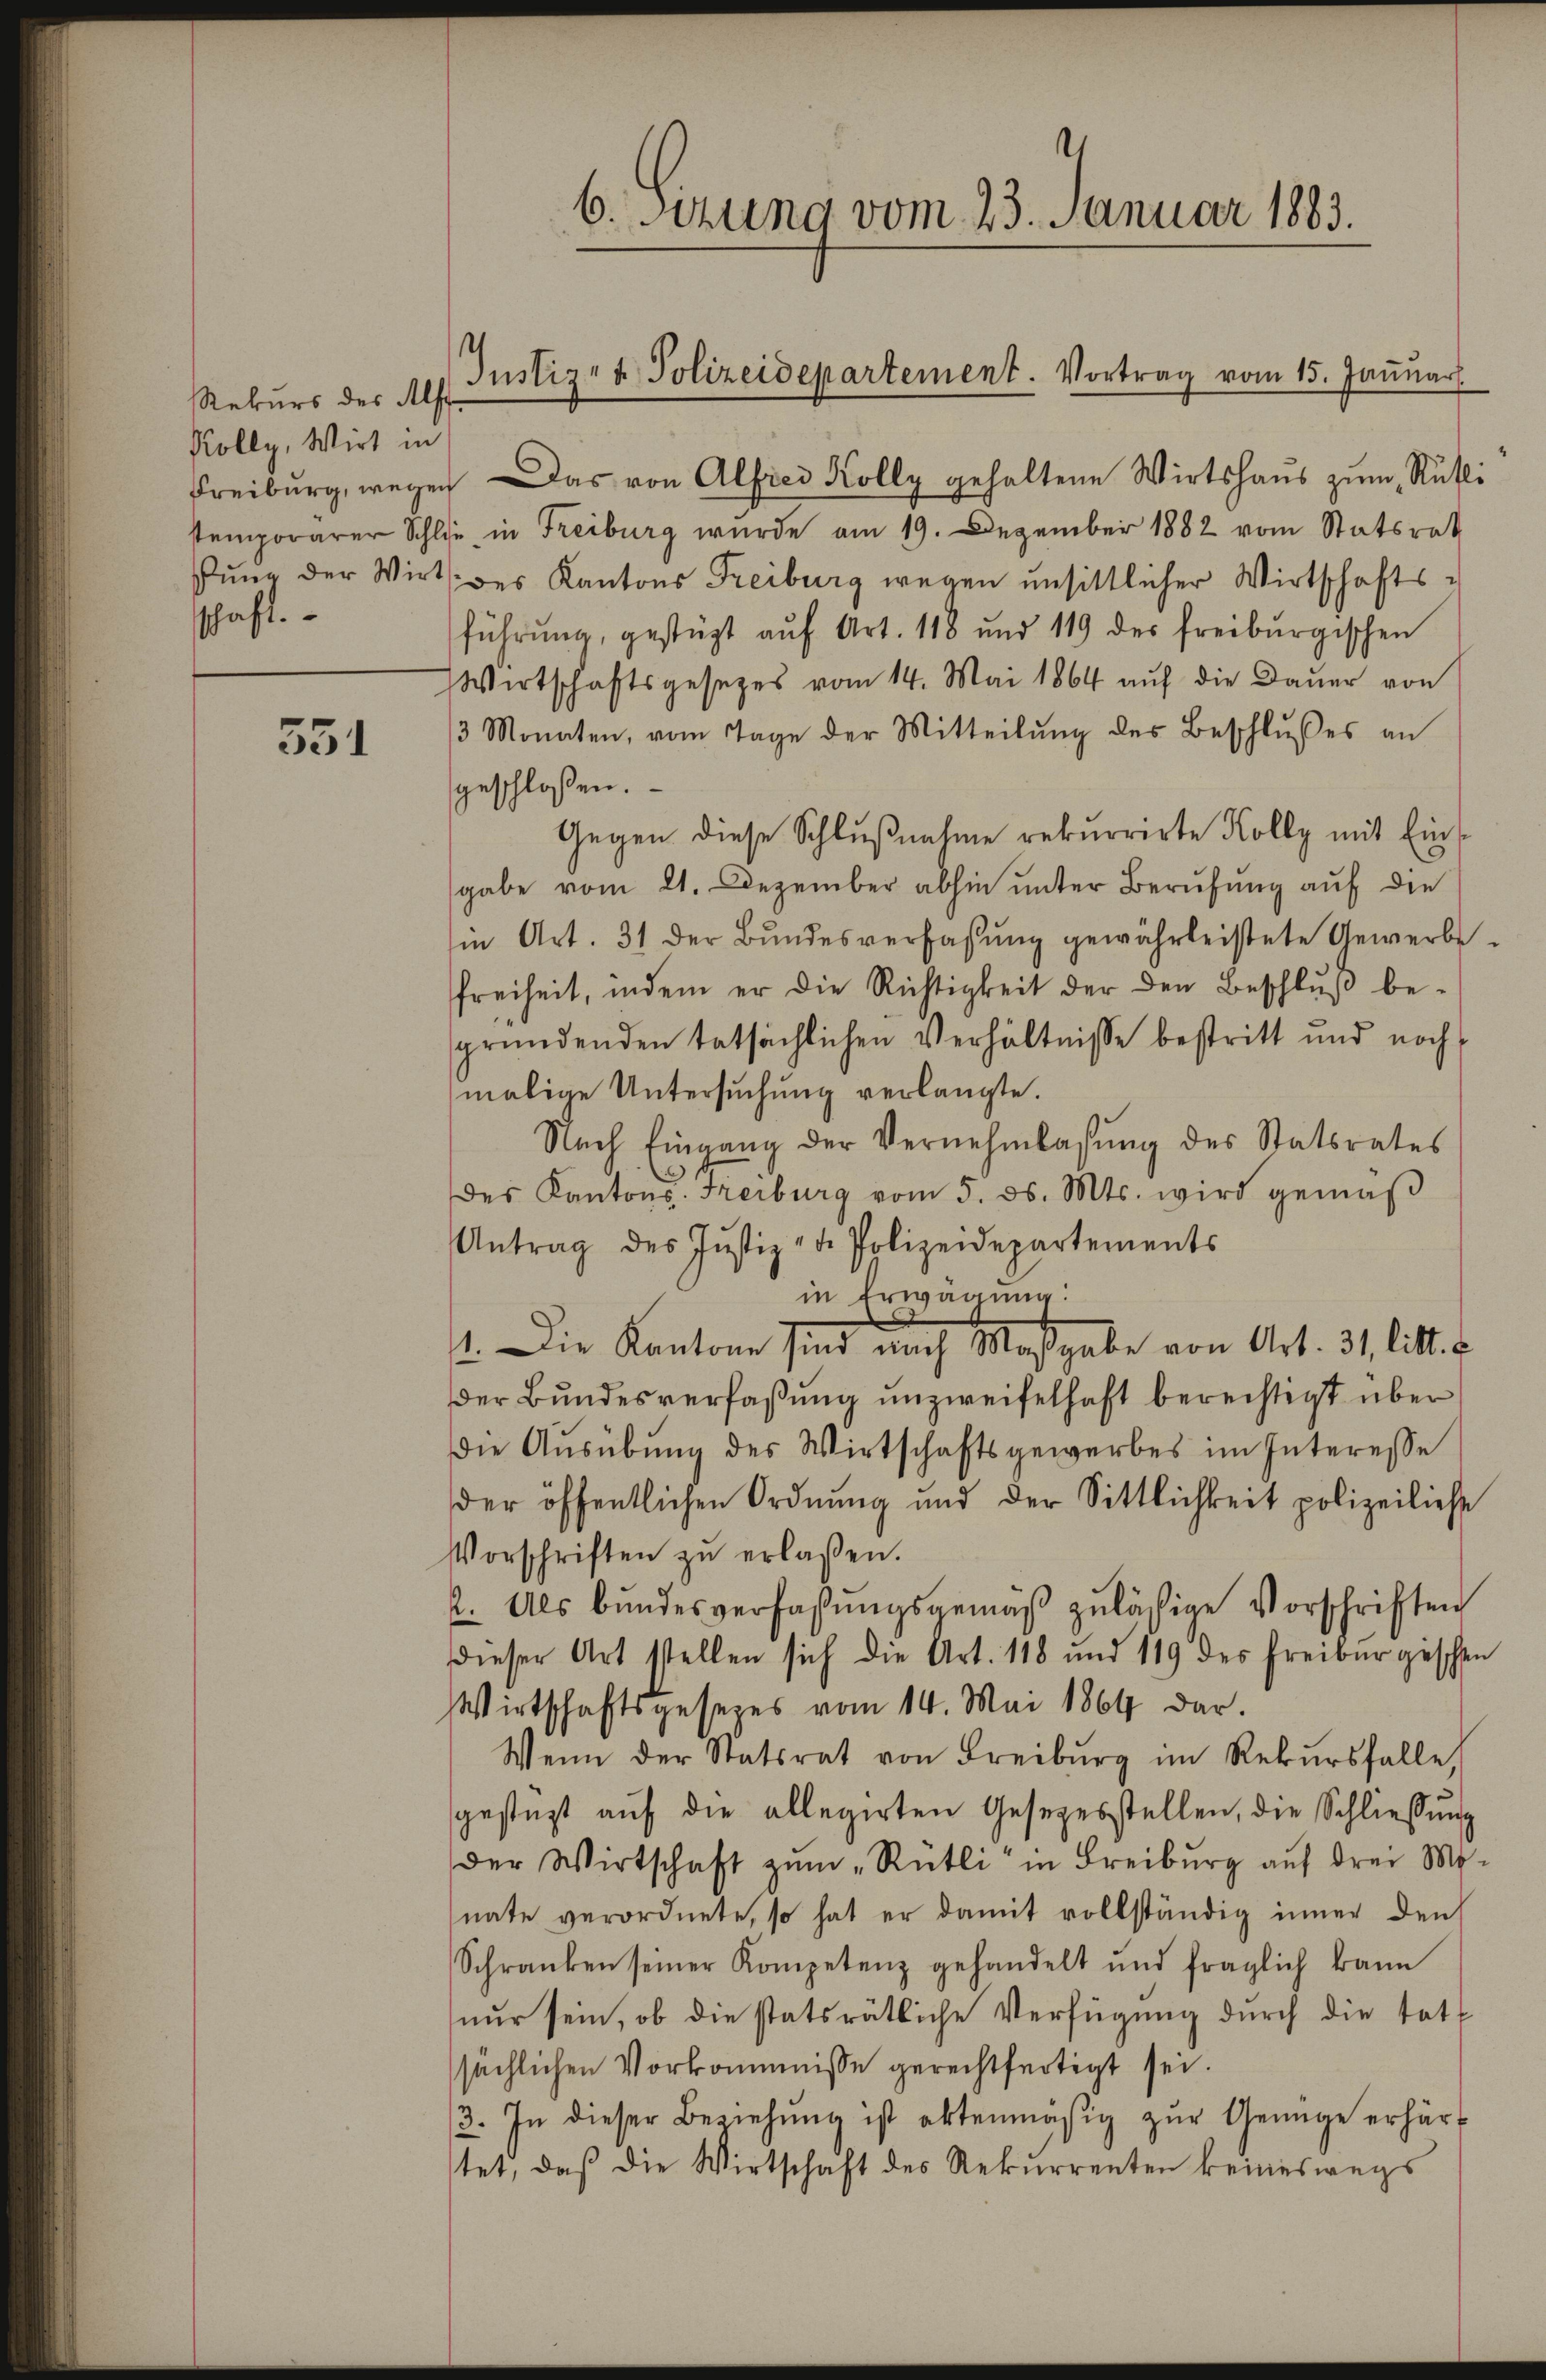
h
Rekurs des Alfr
Kolly, Wirt in
schaft.

551

6. Sizung vom 23. Januar 1883.

Freiburg, wegen Das von Alfrei Kolly gehaltene Wirtshaus zum Rütli
stemporärer Schlie in Freiburg wurde am 19. Dezember 1882 vom Statsrat
Pŭng der Wirt des Kantons Freiburg wegen unsittlicher Wirtschafts-
führŭng, gestüzt aŭf Art. 118 und 119 der freiburgischen
Wirtschaftsgesezes vom 14. Mai 1864 auf die Dauer von
3 Monaten, vom Tage der Mitteilŭng des Beschlŭsses an
geschlossen.
Gegen diese Schlŭβnahme rekurrirte Kolly mit Eingabe vom 21. Dezember abhin unter Berufung auf die
in Art. 31 der Bŭndesverfassŭng gewährleistete Gewerbe-
freiheit, indem er die Richtigkeit der den Beschluß begründenden tatsächlichen Verhältnisse bestritt und noch
malige Untersuchung verlangte.
Nach Eingang der Vernehmlassung des Statsrates
des Kantons- Freiburg vom 5. ds. Mts. wird gemäβ
Antrag des Jŭstiz- u. Polizeidepartements
in Erwägung:
1. Die Kantone sind auch Maßgabe von Art. 31 lit. E
der Bundesverfaßung unzweifelhaft berechtigt über
Die Aŭsübŭng des Wirtschaftsgewerbes im Interesse
der öffentlichen Ordnung und der Sittlichkeit polizeiliche
Vorschriften zŭ erlaßen.
2. Als Bundesverfaßungsgemäß zulässige Vorschriften
dieser Art stellen sich die Art. 118 und 119 des Freiburgischen
Wirtschaftsgesezes vom 14. Mai 1864 dar.
Wenn der Statsrat von Freiburg im Rekŭrsfalle,
gestüzt aŭf die allegirten Gesezesstellen, die Schliessŭng
der Wirtschaft zŭm „Rütli in Freiburg auf drei Mo-
nate verordnete, so hat er damit vollständig inner den
Schranken seiner Kompetenz gehandelt und fraglich kann
nur sein, ob die statsrätliche Verfügung durch die tatt
sächlichen Vorkommnisse gerechtfertigt sei.
3. In dieser Beziehŭng ist abtenmäßig zŭr Genüge erhärt
tet, daß die Wirtschaft des Rekurrenten keineswegs

Justiz- & Polizeidepartement. Vortrag vom 15. Januar